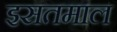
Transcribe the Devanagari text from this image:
इसतमाल